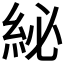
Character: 𮈊